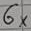
Text: 6×